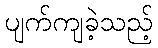
ပျက်ကျခဲ့သည့်